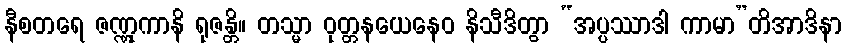
နီစတရေ ဇဏ္ဏုကာနိ ရုဇန္တိ။ တသ္မာ ဝုတ္တနယေနေဝ နိသီဒိတွာ “အပ္ပဿာဒါ ကာမာ”တိအာဒိနာ